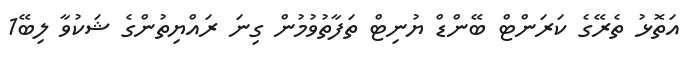
އަތޮޅު ތެރޭގެ ކަރަންޓް ބޭންޑް ޔުނިޓް ތަފާތުވުމުން ގިނަ ރައްޔިތުންގެ ޝަކުވާ ލިބޭ1